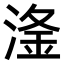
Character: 𣺨